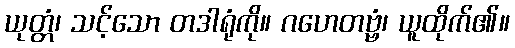
ယုတ္တံ၊ သင့်သော တဒါရုံကို။ ဂဟေတဗ္ဗံ၊ ယူထိုက်၏။